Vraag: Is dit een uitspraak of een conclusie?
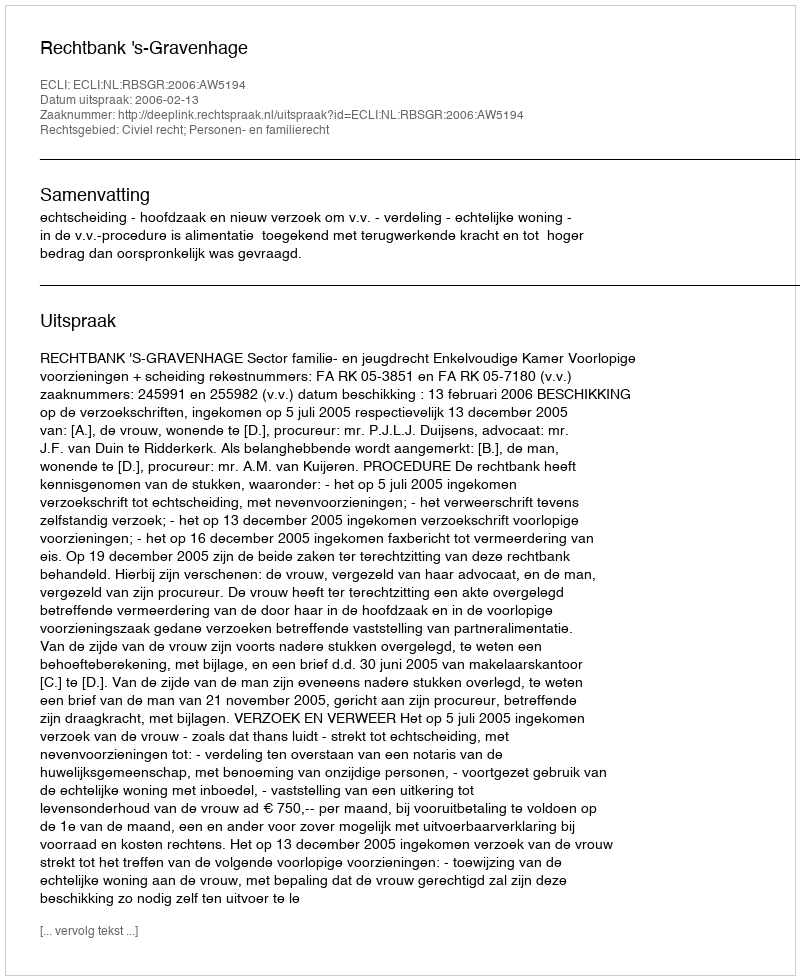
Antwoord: Uitspraak